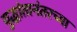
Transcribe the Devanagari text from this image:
युद्धांतानंतरच्या